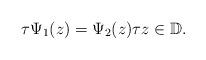
LaTeX: \begin{align*} \tau\Psi_1(z)=\Psi_2(z)\tau z\in\mathbb D. \end{align*}